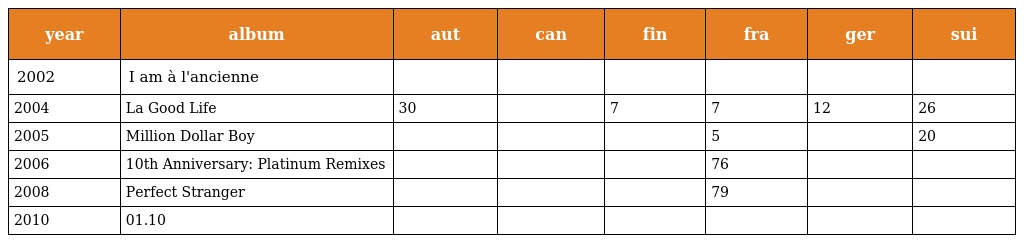
| year | album | aut | can | fin | fra | ger | sui |
 | --- | --- | --- | --- | --- | --- | --- | --- |
 | 2002 | I am à l'ancienne |  |  |  |  |  |  |
 | 2004 | La Good Life | 30 |  | 7 | 7 | 12 | 26 |
 | 2005 | Million Dollar Boy |  |  |  | 5 |  | 20 |
 | 2006 | 10th Anniversary: Platinum Remixes |  |  |  | 76 |  |  |
 | 2008 | Perfect Stranger |  |  |  | 79 |  |  |
 | 2010 | 01.10 |  |  |  |  |  |  |